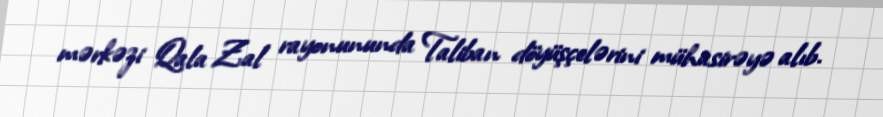
mərkəzi Qala Zal rayonununda Taliban döyüşçelərini mühasirəyə alıb.